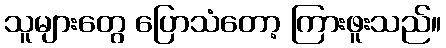
သူများတွေ ပြောသံတော့ ကြားဖူးသည်။